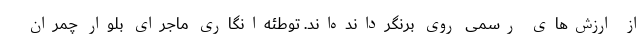
از ارزش‌های رسمی روی برنگردانده‌اند. توطئه‌انگاری ماجرای بلوار چمران